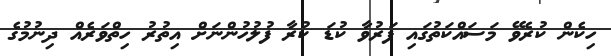
ހިކެން ކުރެވޭ މަސައްކަތުގައި ފަރުވާ ކުޑަ ކުރާ ފުލުހުންނަށް އިތުރު ހިތްވަރެއް ދިނުމުގެ